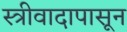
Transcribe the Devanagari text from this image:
स्त्रीवादापासून